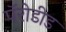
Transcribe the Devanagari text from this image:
पॅरोडीड